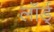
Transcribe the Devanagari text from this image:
लॉर्ड्